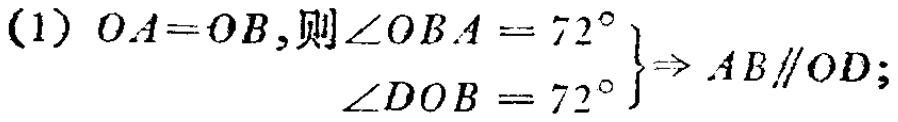
\((1)\  OA = OB,则\angle OBA = 72^{\circ}\\ \left.\begin{array}{l} \\ \angle DOB = 72^{\circ}\end{array}\right\}\Rightarrow AB\parallel OD;\)